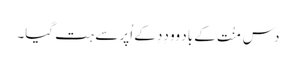
دس مِنُت کے باد وو دِدِ کے اُپر سے ہت گیا۔